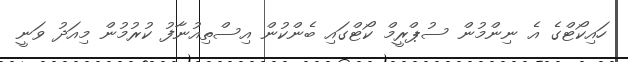
ހައިކޯޓްގެ އެ ނިންމުން ސުޕްރީމް ކޯޓްގައި ބެންކުން އިސްތިއުނާފު ކުރުމުން މިއަދު ވަނީ